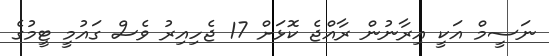
ނަސީމް އަކީ އިރާނުން ރާއްޖެ ކޮޅަށް 17 ޖެހިއިރު ވެސް ގައުމީ ޓީމުގެ